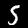
Digit: 5